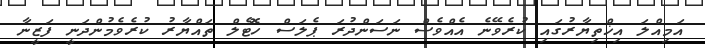
އަމިއްލަ އިޚްތިޔާރުގައި ކުރެވޭނެ އެއްވެސް ނަސަންދުރަ ޕެލަސް ހޮޓެލް ތައްޔާރު ކުރެވެމުންދަނީ ފަޒީނާ